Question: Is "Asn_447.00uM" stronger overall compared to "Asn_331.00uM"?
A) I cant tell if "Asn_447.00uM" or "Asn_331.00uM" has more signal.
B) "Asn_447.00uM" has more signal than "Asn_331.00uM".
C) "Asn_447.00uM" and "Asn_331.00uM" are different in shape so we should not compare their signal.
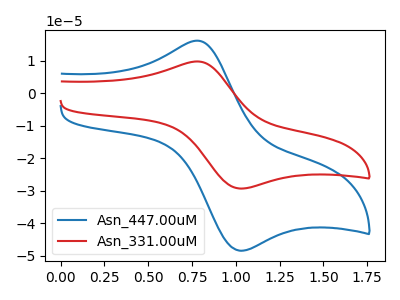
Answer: <think>The blue curve "Asn_447.00uM" has an anodic peak at (0.80V, 16.20uA) and a cathodic peak at (1.05V, -48.50uA). The red curve "Asn_331.00uM" has an anodic peak at (0.80V, 9.80uA) and a cathodic peak at (1.05V, -29.35uA).
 All the peaks in "Asn_447.00uM" have a peak in "Asn_331.00uM" at the same potential. Every peak in "Asn_447.00uM" is higher than every peak in "Asn_331.00uM".</think>
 <answer>B) "Asn_447.00uM" has more signal than "Asn_331.00uM".</answer>
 <eval>B</eval>